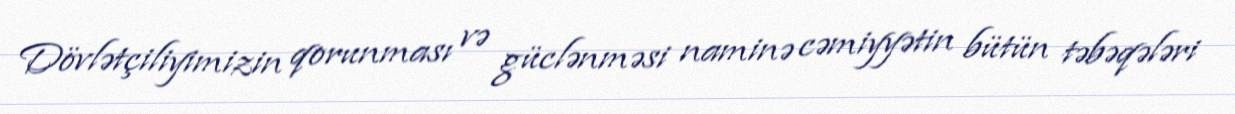
Dövlətçiliyimizin qorunması və güclənməsi naminə cəmiyyətin bütün təbəqələri